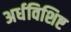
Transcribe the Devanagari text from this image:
अर्धविशिष्ट